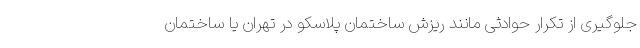
جلوگیری از تکرار حوادثی مانند ریزش ساختمان پلاسکو در تهران یا ساختمان